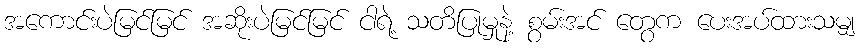
အကောင်းပဲမြင်မြင် အဆိုးပဲမြင်မြင် ငါရဲ့ သတိပြုမှုနဲ့ စွမ်းအင် တွေက ပေးအပ်ထားသမျှ